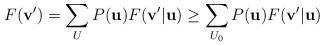
LaTeX: \begin{align*}F(\mathbf{v'}) = \sum_{U} P(\mathbf{u}) F(\mathbf{v'|u}) \ge \sum_{U_0} P(\mathbf{u}) F(\mathbf{v'|u})\end{align*}